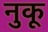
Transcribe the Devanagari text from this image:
नुकू